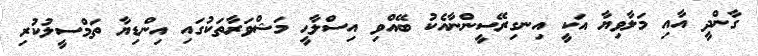
ގާންދީ އާއި މަލާވިޔާ އަކީ އިނގިރޭސީންނާއެކު ބޭއްވި އިސްލާޙީ މަޝްވަރާތަކުގައި އިންޑިޔާ ތަމްސީލުކުރި